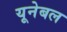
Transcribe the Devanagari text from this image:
यूनेबल